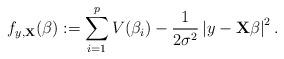
LaTeX: \begin{align*}f_{y,\mathbf{X}}(\beta) := \sum_{i=1}^pV(\beta_i) - \frac{1}{2\sigma^2}\left|y-\mathbf{X}\beta\right|^2 .\end{align*}